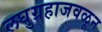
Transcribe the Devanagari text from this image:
लघुग्रहाजवळून